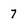
Character: 7